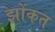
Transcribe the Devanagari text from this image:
झोंकत